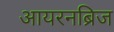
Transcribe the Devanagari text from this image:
आयरनब्रिज